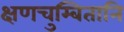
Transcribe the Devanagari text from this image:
क्षणचुम्बितानि